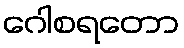
ဂေါစရတော